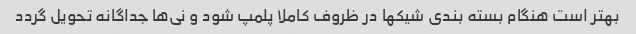
بهتر است هنگام بسته بندی شیکها در ظروف کاملا پلمپ شود و نی‌ها جداگانه تحویل گردد